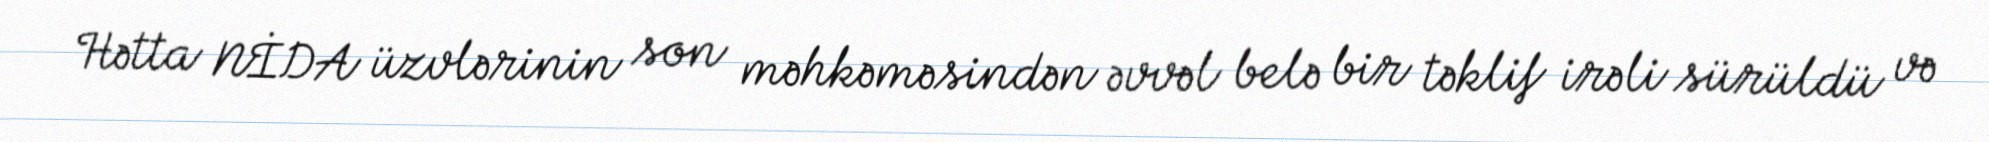
Hətta NİDA üzvlərinin son məhkəməsindən əvvəl belə bir təklif irəli sürüldü və